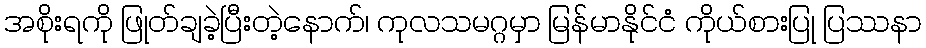
အစိုးရကို ဖြုတ်ချခဲ့ပြီးတဲ့နောက်၊ ကုလသမဂ္ဂမှာ မြန်မာနိုင်ငံ ကိုယ်စားပြု ပြဿနာ